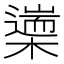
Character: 𣜅